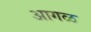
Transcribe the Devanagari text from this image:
अागळ